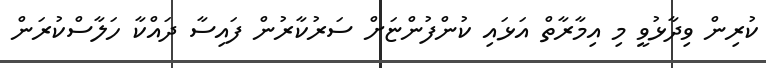
ކުރިން ވިދާޅުވީ މި އިމާރާތް އަޅައި ކުންފުންޏަށް ސަރުކާރުން ފައިސާ ދައްކާ ހަލާސްކުރަން